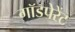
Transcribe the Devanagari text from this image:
गॉडपेरेंट